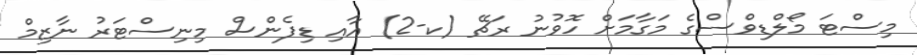
މިސްޓަ މޯލްޑިވްސްގެ މަގާމަށް ހޮވުނު ރަޗޭ (ކ-2) އާއި ޑިފެންސް މިނިސްޓަރު ނާޒިމް